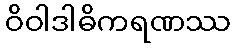
ဝိဝါဒါဓိကရဏဿ